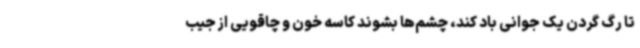
تا رگ گردن یک جوانی باد کند، چشم‌ها بشوند کاسه خون و چاقویی از جیب